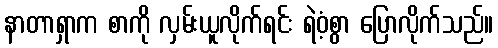
နာတာရှာက စာကို လှမ်းယူလိုက်ရင်း ရဲဝံ့စွာ ပြောလိုက်သည်။